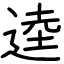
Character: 逵